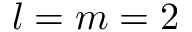
l = m = 2